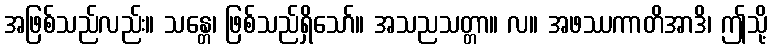
အဖြစ်သည်လည်း။ သန္တေ၊ ဖြစ်သည်ရှိသော်။ အသညသတ္တာ။ လ။ အဖဿကာတိအာဒိ၊ ဤသို့